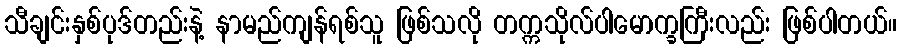
သီချင်းနှစ်ပုဒ်တည်းနဲ့ နာမည်ကျန်ရစ်သူ ဖြစ်သလို တက္ကသိုလ်ပါမောက္ခကြီးလည်း ဖြစ်ပါတယ်။